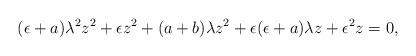
LaTeX: \begin{align*}(\epsilon+a)\lambda^{2}z^{2} + \epsilon z^{2} +(a+b)\lambda z^{2} + \epsilon(\epsilon+a)\lambda z + \epsilon^{2}z =0,\end{align*}